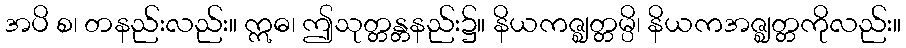
အပိ စ၊ တနည်းလည်း။ ဣဓ၊ ဤသုတ္တန္တနည်း၌။ နိယကဇ္ဈတ္တမ္ပိ၊ နိယကအဇ္ဈတ္တကိုလည်း။